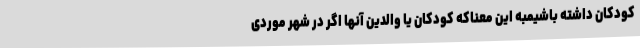
کودکان داشته باشیمبه این معناکه کودکان یا والدین آنها اگر در شهر موردی